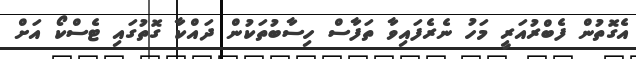
އެގޮތުން ފެބްރުއަރީ މަހު ނެރެފައިވާ ތަފާސް ހިސާބުތަކުން ދައްކާ ގޮތުގައި ޓެސްކޯ އަށް